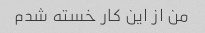
من از این کار خسته شدم